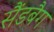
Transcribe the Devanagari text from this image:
सैंडबैग